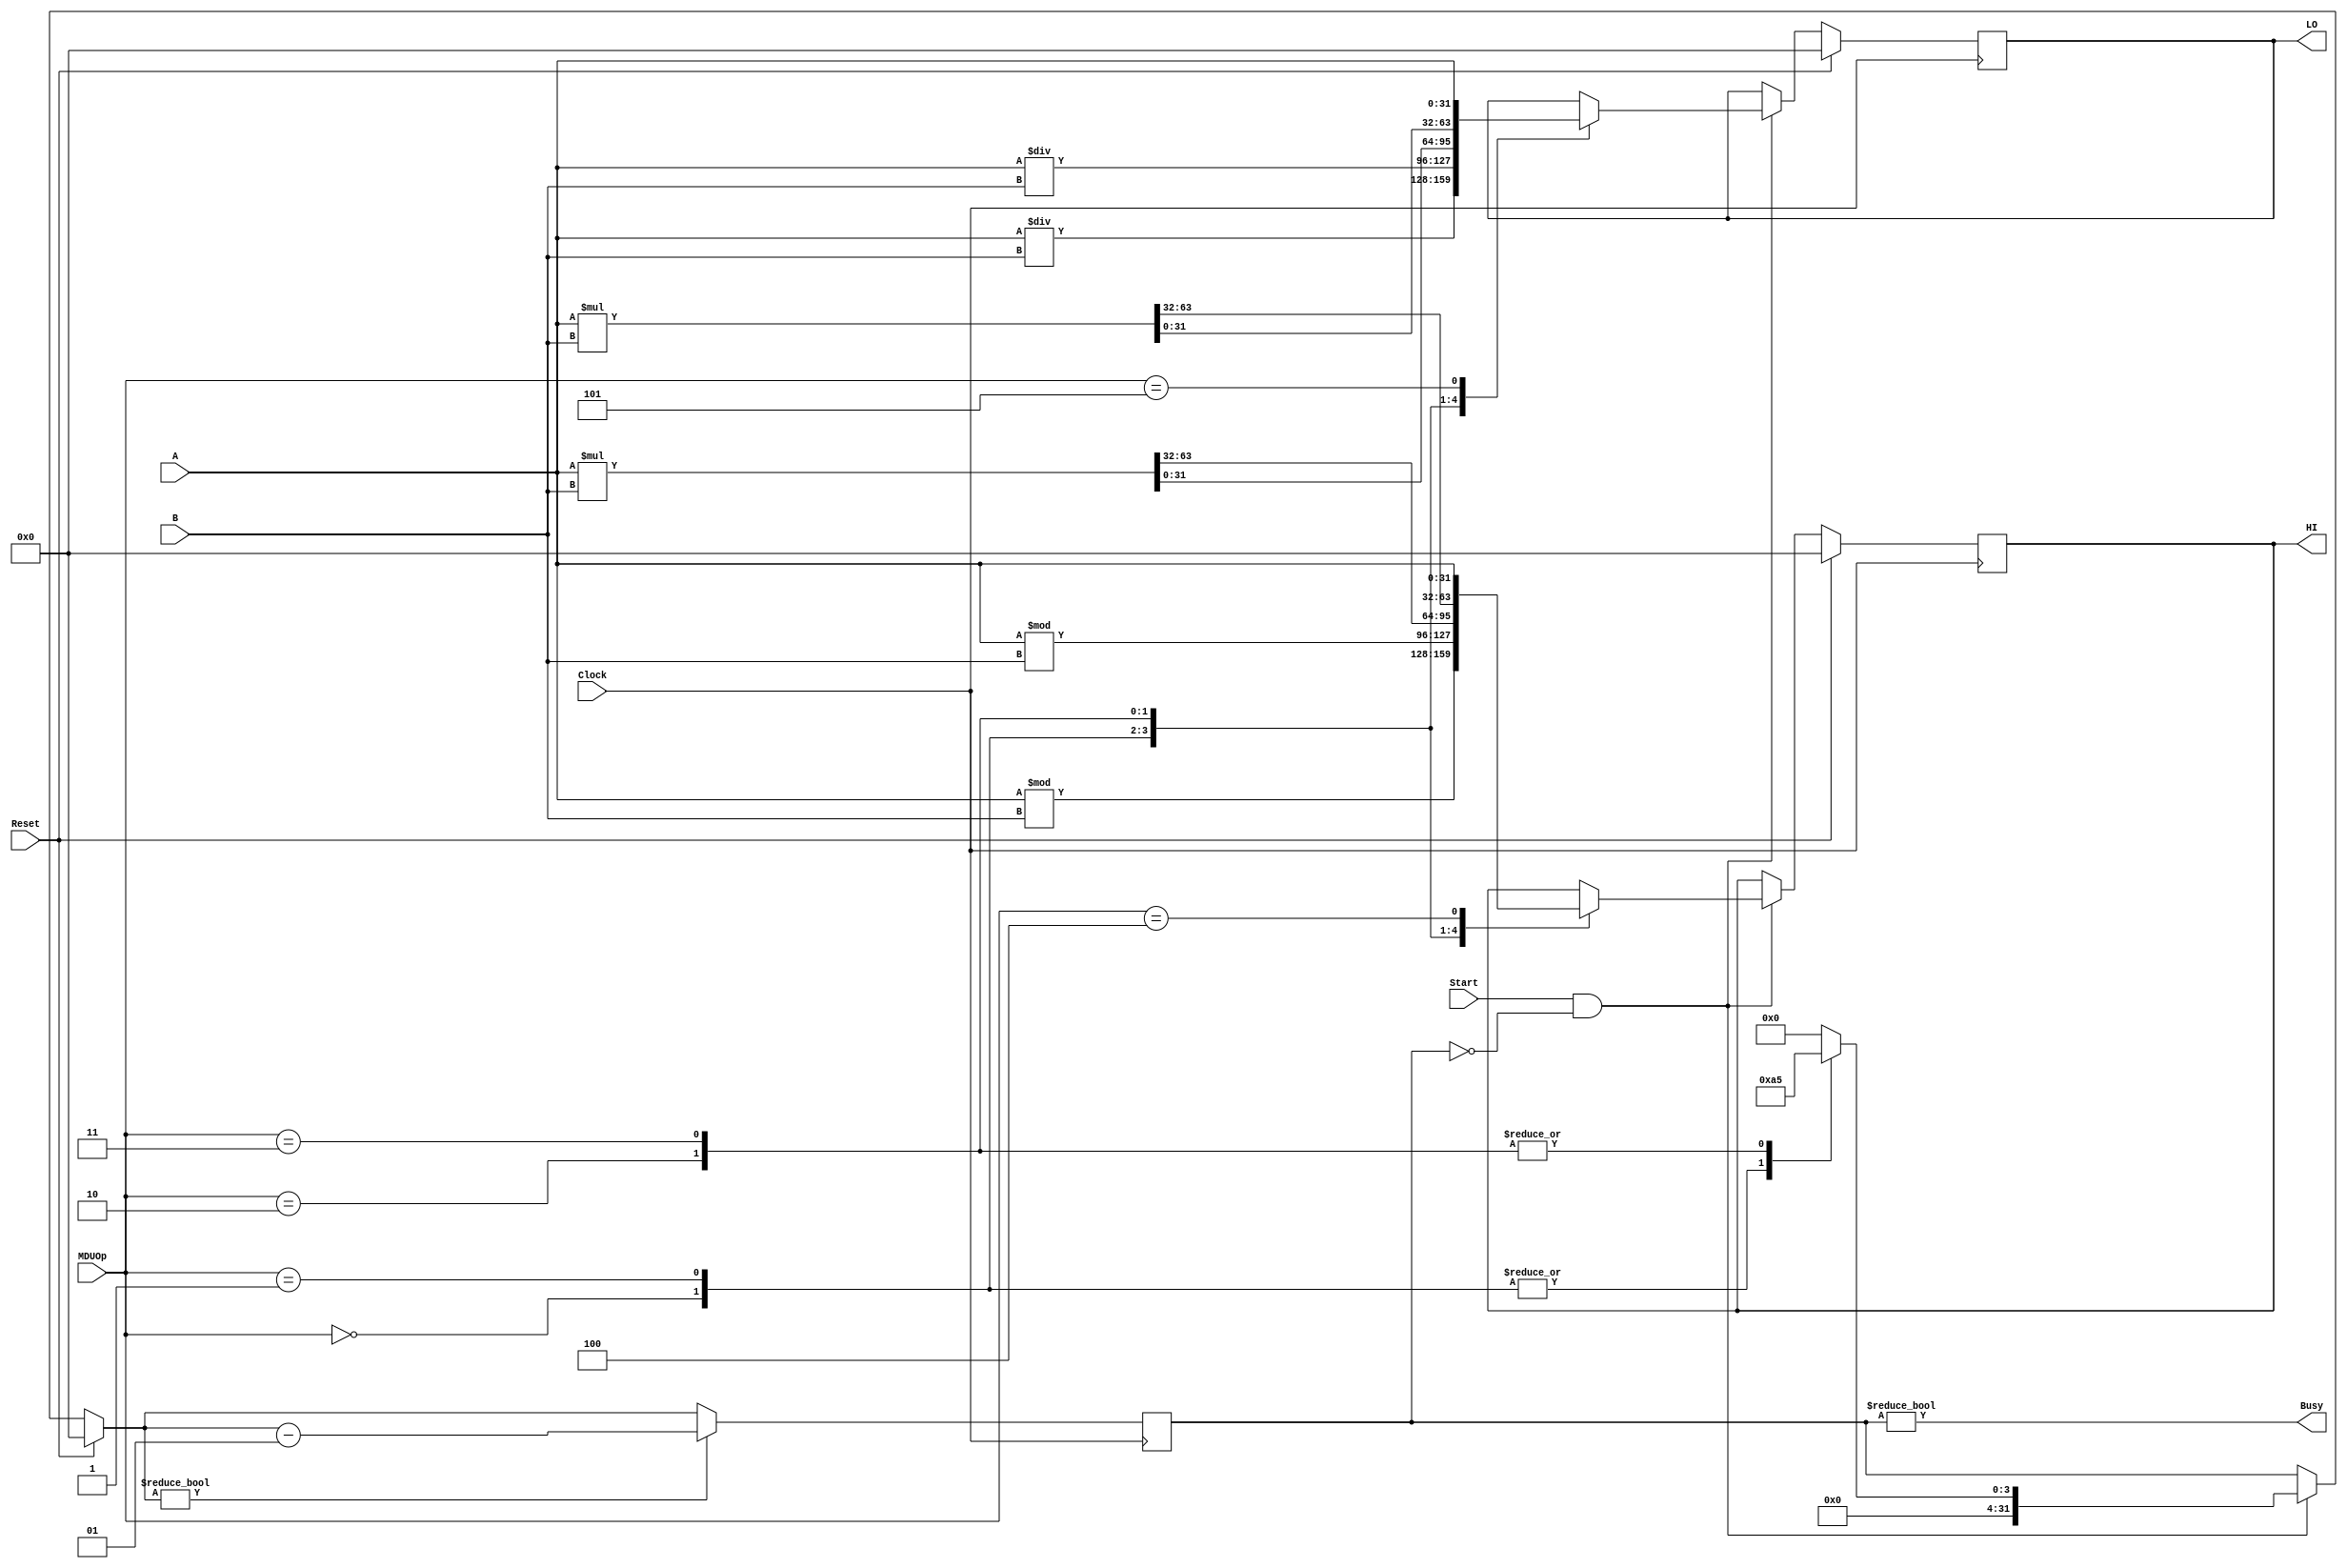
`timescale 1ns / 1ps
//////////////////////////////////////////////////////////////////////////////////
// Company: 
// Engineer: 
// 
// Design Name: 
// Module Name:    MDU 
// Project Name: 
// Target Devices: 
// Tool versions: 
// Description: 
//
// Dependencies: 
//
// Revision: 
// Revision 0.01 - File Created
// Additional Comments: 
//
//////////////////////////////////////////////////////////////////////////////////
module MDU(
    input Clock,
    input Reset,
    input Start,
    input [31:0] A,
    input [31:0] B,
    input [2:0] MDUOp,
    output reg [31:0] HI,
    output reg [31:0] LO,
    output Busy
    );
	 
	integer delay;
	parameter DIV	= 3'b000,
				 DIVU	= 3'b001,
				 MULT = 3'b010,
				 MULTU= 3'b011,
				 MTHI	= 3'b100,
				 MTLO = 3'b101;

	initial begin
		HI = 0;
		LO = 0;
		delay = 0;
	end
	
	always @(posedge Clock) begin
		if(Reset == 1) begin
			HI = 0;
			LO = 0;
			delay = 0;
		end
		else if(Start==1 && delay==0) begin
			case(MDUOp)
				DIV:	begin
							HI = $signed(A) % $signed(B);
							LO = $signed(A) / $signed(B);
							delay = 10;
						end
				DIVU:	begin
							HI = A % B;
							LO = A / B;
							delay = 10;
						end
				MULT:	begin
							{HI,LO} = $signed(A) * $signed(B);
							delay = 5;
						end
				MULTU:begin
							{HI,LO} = A * B;
							delay = 5;
						end
				MTHI: begin
							HI = A;
							delay = 0;
						end
				MTLO: begin
							LO = A;
							delay = 0;
						end
				default:	delay = 0;
			endcase
		end
		if(delay != 0)
			delay = delay - 1;
	end
	
	assign Busy = (delay != 0);

endmodule